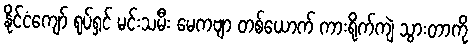
နိုင်ငံကျော် ရုပ်ရှင် မင်းသမီး မေကဗျာ တစ်ယောက် ကားရိုက်ကျဲ သွားတာကို